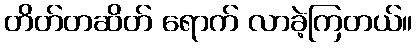
တိတ်တဆိတ် ရောက် လာခဲ့ကြတယ်။